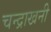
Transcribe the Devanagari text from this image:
चन्द्राखनी